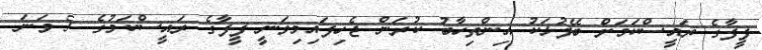
ފީފާގެ ރައީސްކަމަށް ބޭފުޅަކު އިންތިހާބު ކުރަން ޖެހިފައިމިވަނީ ފީފާގެ ރައީސްކަމުގެ 5 ވަނަ